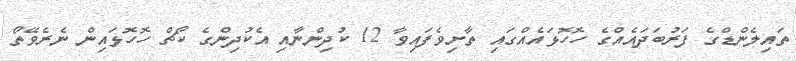
ތައިލެންޑްގެ ފަރުބަދައެއްގެ ހޮހޮޅައެއްގައި ތާށިވެފައިވާ 12 ކުދިންނާއި އެކުދިންގެ ކޯޗް ހޮހޮޅައިން ނެރެވޭތޯ